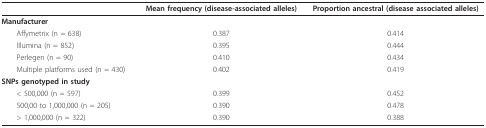
|  | Mean frequency (disease-associated alleles) | Proportion ancestral (disease associated alleles) |
 | --- | --- | --- |
 | Manufacturer |  |  |
 | Affymetrix (n = 638) | 0.387 | 0.414 |
 | Illumina (n = 852) | 0.395 | 0.444 |
 | Perlegen (n = 90) | 0.410 | 0.434 |
 | Multiple platforms used (n = 430) | 0.402 | 0.419 |
 | SNPs genotyped in study |  |  |
 | < 500,000 (n = 597) | 0.399 | 0.452 |
 | 500,00 to 1,000,000 (n = 205) | 0.390 | 0.478 |
 | > 1,000,000 (n = 322) | 0.390 | 0.388 |